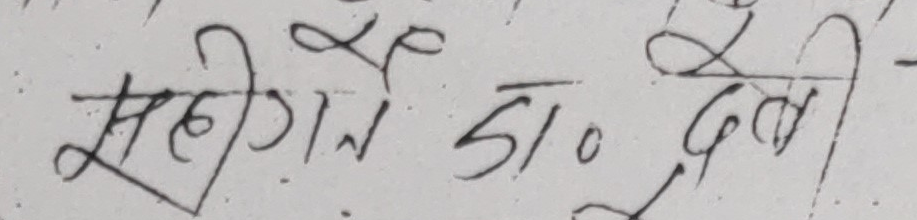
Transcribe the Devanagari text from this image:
सहीगान डा० देवी